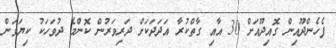
ފެހެންދޫއިން ގޮއިދޫއަށް 30 އާއި ގާތްކުރާ އަދަދަކަށް ދަރިވަރުން ކޮންމެ ދުވަހަކު ކިޔަވަން